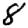
Digit: 8